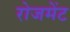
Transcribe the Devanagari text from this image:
रोजमेंट